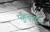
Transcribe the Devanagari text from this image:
पँहुचाए